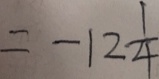
= - 1 2 \frac { 1 } { 4 }